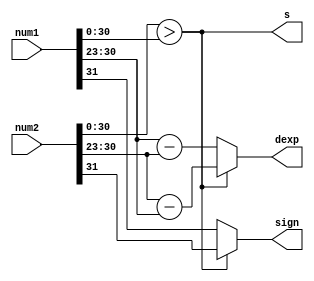
`timescale 1ns / 1ps

module floatcmp(
input [31:0] num1, num2,
output reg sign, s,
output reg [7:0] dexp);

always @ (*)
    begin
        s = (num2[30:0] > num1[30:0]);
        sign = (num2[30:0]>num1[30:0]) ? num2[31] : num1[31];
        dexp = (s) ? (num2[30:23]-num1[30:23]) : (num1[30:23]-num2[30:23]);
    end
endmodule